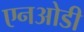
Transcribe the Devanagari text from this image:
एनओडी